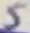
Text: 5